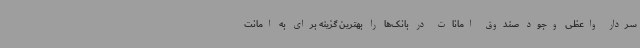
سردار واعظی وجود صندوق امانات در بانک‌ها را بهترین گزینه برای به امانت